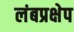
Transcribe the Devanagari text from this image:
लंबप्रक्षेप